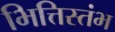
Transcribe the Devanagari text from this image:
भित्तिस्तंभ